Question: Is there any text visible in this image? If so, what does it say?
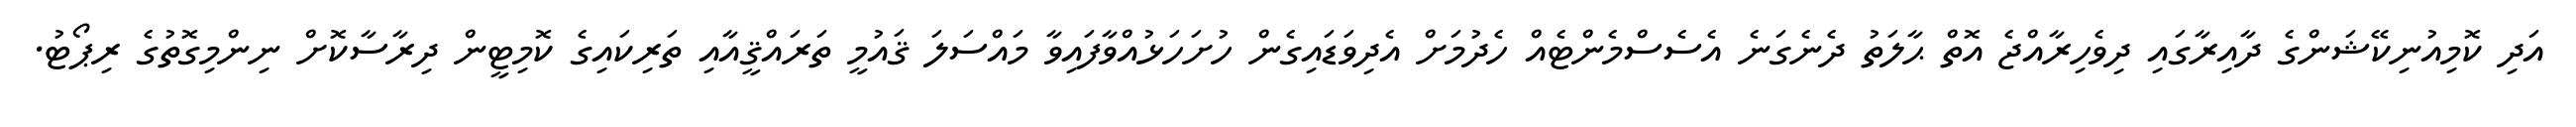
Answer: އަދި ކޮމިއުނިކޭޝަންގެ ދާއިރާގައި ދިވެހިރާއްޖެ އޮތް ޙާލަތު ދެނެގަނެ އެސެސްމެންޓެއް ހެދުމަށް އެދިވަޑައިގެން ހުށަހަޅުއްވާފައިވާ މައްސަލަ ޤައުމީ ތަރައްޤީއާއި ތަރިކައިގެ ކޮމިޓީން ދިރާސާކޮށް ނިންމިގޮތުގެ ރިޕޯޓު.